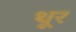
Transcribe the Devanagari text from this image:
थू्र